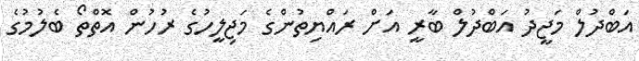
އަބްދުލް މަޖީދު އަބްދުލް ބާރީ އަށް ރައްޔިތުންގެ މަޖިލީހުގެ ރުހުން އޮތްތޯ ބެލުމުގެ